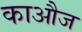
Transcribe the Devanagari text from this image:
काऔज